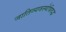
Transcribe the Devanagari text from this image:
जातिव्यवस्थेविरुद्ध